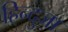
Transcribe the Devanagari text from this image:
हिन्दुजा